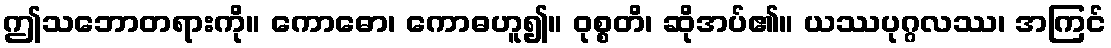
ဤသဘောတရားကို။ ကောဓော၊ ကောဓဟူ၍။ ဝုစ္စတိ၊ ဆိုအပ်၏။ ယဿပုဂ္ဂလဿ၊ အကြင်